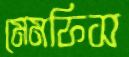
মেমফিস